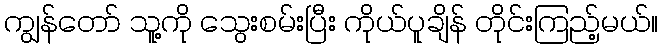
ကျွန်တော် သူ့ကို သွေးစမ်းပြီး ကိုယ်ပူချိန် တိုင်းကြည့်မယ်။